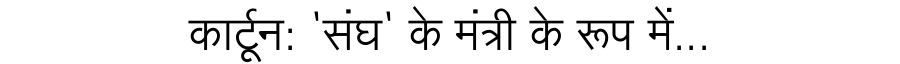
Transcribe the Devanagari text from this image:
कार्टून: 'संघ' के मंत्री के रूप में...